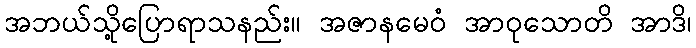
အဘယ်သို့ပြောရာသနည်း။ အဇာနမေဝံ အာဝုသောတိ အာဒိ၊